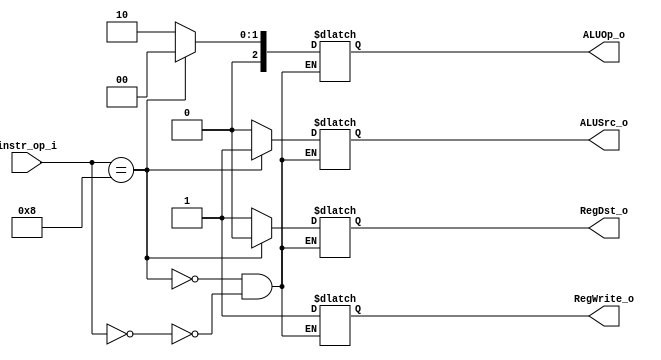
module Decoder( instr_op_i, RegWrite_o,	ALUOp_o, ALUSrc_o, RegDst_o );
     
//I/O ports
input	[6-1:0] instr_op_i;

output			RegWrite_o;
output	[3-1:0] ALUOp_o;
output			ALUSrc_o;
output			RegDst_o;
//Internal Signals
reg	[3-1:0] ALUOp_o;
reg			ALUSrc_o;
reg			RegWrite_o;
reg			RegDst_o;

//Main function
/*your code here*/
always @(*)begin
    if(instr_op_i == 6'b000000)begin
        
        ALUOp_o = 3'b010; //rformat
		ALUSrc_o = 1'b0;
		RegWrite_o = 1'b1;
		RegDst_o = 1'b1; 
    end
    if(instr_op_i == 6'b001000)begin
        ALUOp_o = 3'b000; //addi
		ALUSrc_o = 1'b1;
		RegWrite_o = 1'b1;
		RegDst_o = 1'b0;
    end

end
/*
wire R, lw ,sw,beq;
assign R   = (-instr_op_i[5]) & (-instr_op_i[4]) & (-instr_op_i[3]) & (-instr_op_i[2]) & (-instr_op_i[1]) & (-instr_op_i[0]);
assign lw  = ( instr_op_i[5]) & (-instr_op_i[4]) & (-instr_op_i[3]) & (-instr_op_i[2]) & ( instr_op_i[1]) & ( instr_op_i[0]);
assign sw  = ( instr_op_i[5]) & (-instr_op_i[4]) & ( instr_op_i[3]) & (-instr_op_i[2]) & ( instr_op_i[1]) & ( instr_op_i[0]);
assign beq = (-instr_op_i[5]) & (-instr_op_i[4]) & (-instr_op_i[3]) & ( instr_op_i[2]) & (-instr_op_i[1]) & (-instr_op_i[0]);
assign RegDst_o = R;
assign ALUSrc_o = lw | sw;
assign RegWrite_o  = R |lw;
assign ALUOp_o[2] = 1'b0;
assign ALUOp_o[1] = R;
assign ALUOp_o[0] = beq;
*/
endmodule